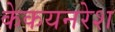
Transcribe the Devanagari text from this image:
केकयनरेश